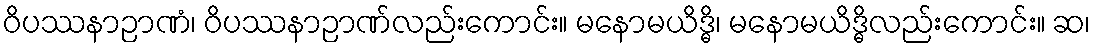
ဝိပဿနာဉာဏံ၊ ဝိပဿနာဉာဏ်လည်းကောင်း။ မနောမယိဒ္ဓိ၊ မနောမယိဒ္ဓိလည်းကောင်း။ ဆ၊